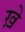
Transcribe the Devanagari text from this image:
ख़े